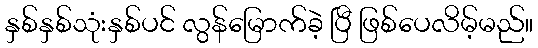
နှစ်နှစ်သုံးနှစ်ပင် လွန်မြောက်ခဲ့ ပြီ ဖြစ်ပေလိမ့်မည်။